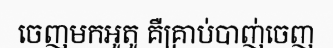
ចេញមកអូតូ គឺគ្រាប់បាញ់ចេញ